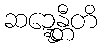
ဆဍ္ဍေန္တီတိ